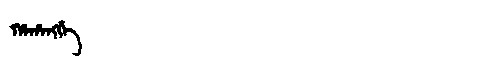
Manchu: ᡥᠠᡥᠠᠩᡤᡝ
Romanization: HAHANGGE